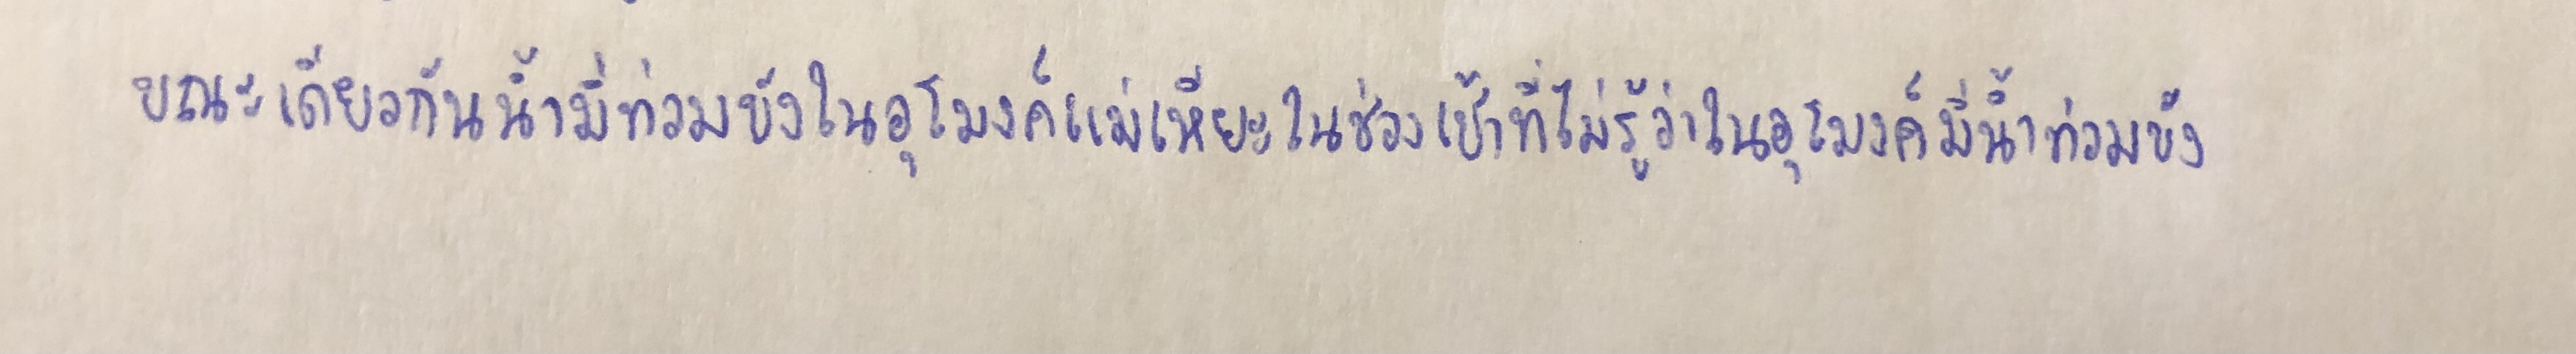
ขณะเดียวกันน้ำมีท่วมขังในอุโมงค์แม่เหียะในช่วงเช้าที่ไม่รู้ว่าในอุโมงค์มีน้ำท่วมขัง